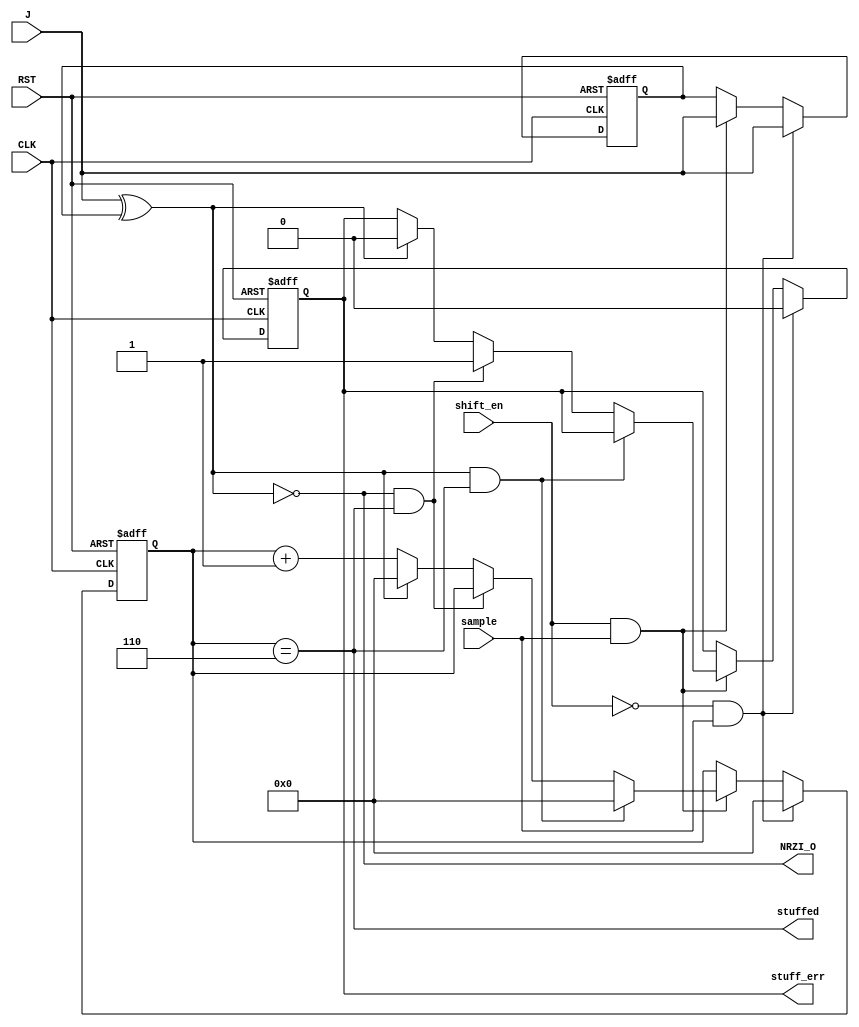
module NRZI_DEC (
input			CLK, RST, sample,
input			J, shift_en,

output 	wire		NRZI_O,
output 			stuffed,
output reg 		stuff_err
);

reg 		last;
reg [3:0]	one_cnt;

always@(posedge CLK or negedge RST) begin
if(!RST) begin
	last 		<= 1'b0;
	one_cnt 	<= 4'b0;
	stuff_err	<= 1'b0;
end
else if(!shift_en && sample) begin//IDLE state
	one_cnt 	<= 3'b0;
	stuff_err	<= 1'b0;
	last 	<= J;
end
else if (shift_en && sample) begin//DATA state
	last 	<= J;
	if(!NRZI_O && stuffed) begin//reset ones counter
		one_cnt 	<= 4'b0;
	end
	else if (NRZI_O && stuffed) begin//stuffing error detection
		stuff_err	<= 1'b1;
	end
	else if (NRZI_O) begin//ones counter
		one_cnt 	<= one_cnt + 1;
	end
	else begin
		one_cnt 	<= 1'b0;
		stuff_err	<= 1'b0;
	end
end
end

assign NRZI_O 		= !(J^last);//decoding output
assign stuffed 		= (one_cnt == 4'b110);//stuffed bit detection

endmodule//NRZI Decoder